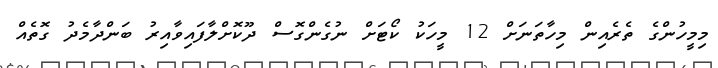
މިމީހުންގެ ތެރެއިން މިހާތަނަށް 12 މީހަކު ކޯޓަށް ނުގެންގޮސް ދޫކޮށްލާފައިވާއިރު ބަންދާމެދު ގޮތެއް